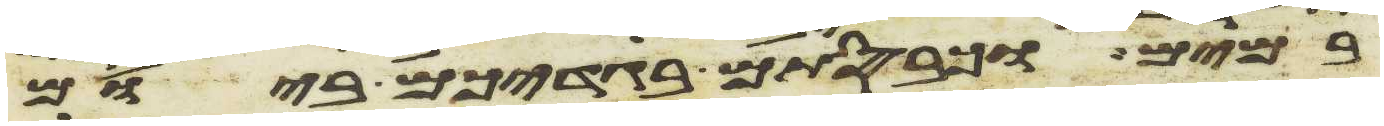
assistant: במים וכבסתם בגדיכם ביום